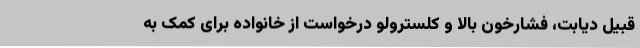
قبیل دیابت، فشارخون بالا و کلسترولو درخواست از خانواده برای کمک به